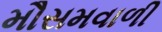
મૌસમવાળી